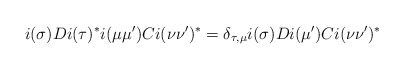
\begin{align*}i(\sigma)D i(\tau)^* i(\mu\mu')C i(\nu \nu')^* = \delta_{\tau, \mu} i(\sigma) D i(\mu') C i(\nu\nu')^*\end{align*}